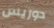
دوريس